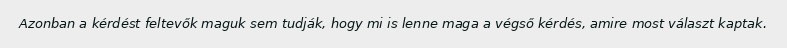
Azonban a kérdést feltevők maguk sem tudják, hogy mi is lenne maga a végső kérdés, amire most választ kaptak.